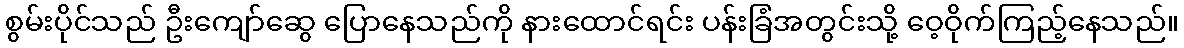
စွမ်းပိုင်သည် ဦးကျော်ဆွေ ပြောနေသည်ကို နားထောင်ရင်း ပန်းခြံအတွင်းသို့ ဝေ့ဝိုက်ကြည့်နေသည်။